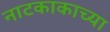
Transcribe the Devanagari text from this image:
नाटकाकाच्या